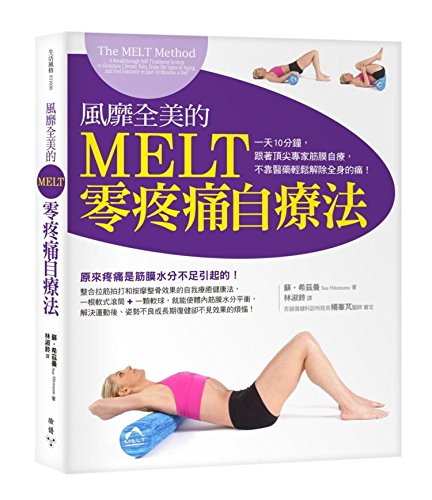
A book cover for The MELT Method: A Breakthrough Self-Treatment System to Eliminate Chronic Pain, Erase the Signs of Aging, and Feel Fantastic in Just 10 Minutes a Day! (Chinese Edition) by Sue Hitzmann; Sue Hitzmann; Health, Fitness & Dieting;